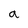
Character: a